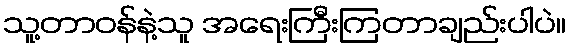
သူ့တာဝန်နဲ့သူ အရေးကြီးကြတာချည်းပါပဲ။